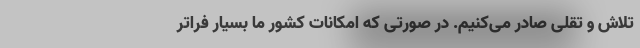
تلاش و تقلی صادر می‌کنیم. در صورتی که امکانات کشور ما بسیار فراتر